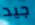
جيد